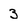
Character: 3